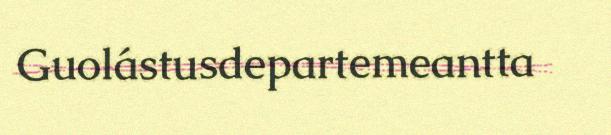
Guolástusdepartemeantta